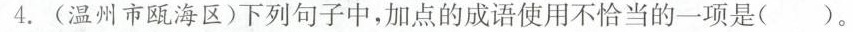
4.(温州市瓯海区)下列句子中，加点的成语使用不恰当的一项是( )。